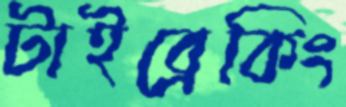
টাইব্রেকিং